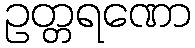
ဥတ္တရဏော